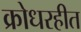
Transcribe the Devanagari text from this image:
क्रोधरहीत